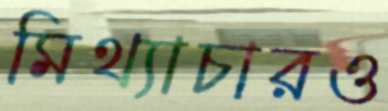
মিথ্যাচারও